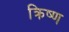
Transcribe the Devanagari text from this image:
क्रिष्ण